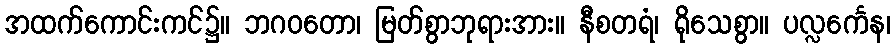
အထက်ကောင်းကင်၌။ ဘဂဝတော၊ မြတ်စွာဘုရားအား။ နီစတရံ၊ ရိုသေစွာ။ ပလ္လင်္ကေန၊